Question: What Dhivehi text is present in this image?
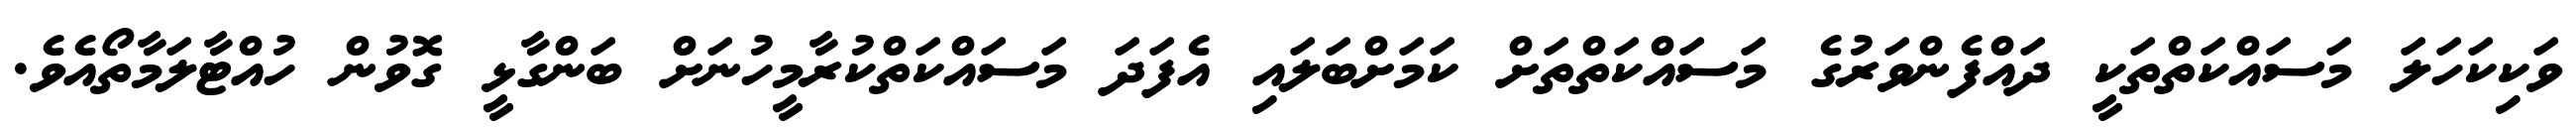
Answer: ވަކިކަހަލަ މަސައްކަތްތަކީ ދައްފެންވަރުގެ މަސައްކަތްތަށް ކަމަށްބަލައި އެފަދަ މަސައްކަތްކުރާމީހުނަށް ބަންގާޅީ ގޮވުން ހުއްޓާލަމާތޯއެވެ.